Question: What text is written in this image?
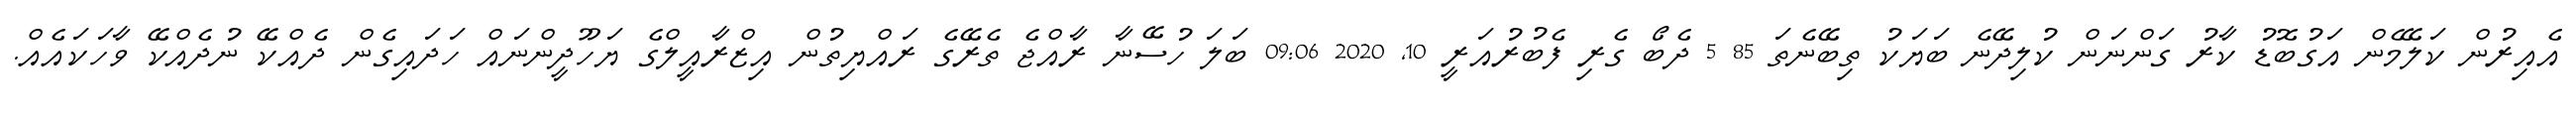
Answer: އެއިރުން ކަލޭމެން އަގުބޮޑު ކާރު ގަންނަން ކުލިދޭނެ ބަޔަކު ތިބޭނެތަ 85 5 ދެބޯ ގެރި ފެބުރުއަރީ 10, 2020 09:06 ބަލަ ހުސޭނާ ރާއްޖެ ތެރޭގެ ރައްޔިތުން އިޒްރާއީލްގެ ޔަހޫދީންނައް ހަދައިގެން ދެއްކޭ ނުދެއްކޭ ވާހަކައެއް.